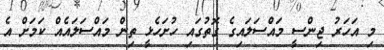
މި އަހަރު ޖިންސީ މައްސަލައިގެ ގޮތުގައި ހުށަހެޅީ ތިން މައްސަލައެއް ކަމަށް އެ